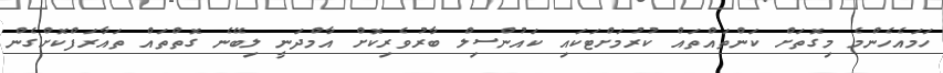
ހަމައެހެންމެ މިގޮތަށް ކަންތައްތައް ކުރުމަށްޓަކައި ކައުންސިލް ބާރުވެރިކޮށް އާމްދަނީ ލިބޭނެ ގޮތްތައް ތައާރަފްކޮށްގެން